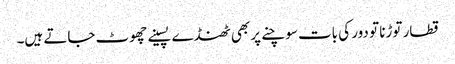
قطار توڑنا تو دور کی بات سوچنے پر بھی ٹھنڈے پسینے چھوٹ جاتے ہیں۔